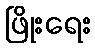
ဖြိုးရေး